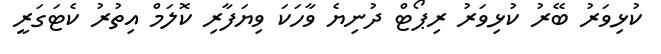
ކުޅިވަރު ބޭރު ކުޅިވަރު ރިޕޯޓް ދުނިޔެ ވާހަކަ ވިޔަފާރި ކޮލަމް އިތުރު ކެޓަގަރީ